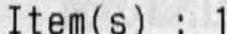
ITEM(S) : 1